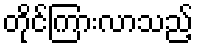
တိုင်ကြားလာသည့်